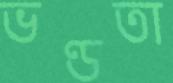
ভণ্ডতা